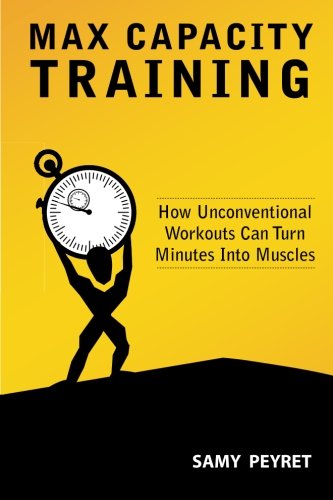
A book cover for Max Capacity Training: How Unconventional Workouts Can Turn Minutes Into Muscles; Samy Peyret; Health, Fitness & Dieting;